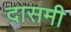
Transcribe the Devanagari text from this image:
दासमी